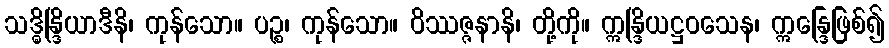
သဒ္ဓိန္ဒြိယာဒီနိ၊ ကုန်သော။ ပဉ္စ၊ ကုန်သော။ ဝိဿဇ္ဇနာနိ၊ တို့ကို။ ဣန္ဒြိယဋ္ဌဝသေန၊ ဣန္ဒြေဖြစ်၍